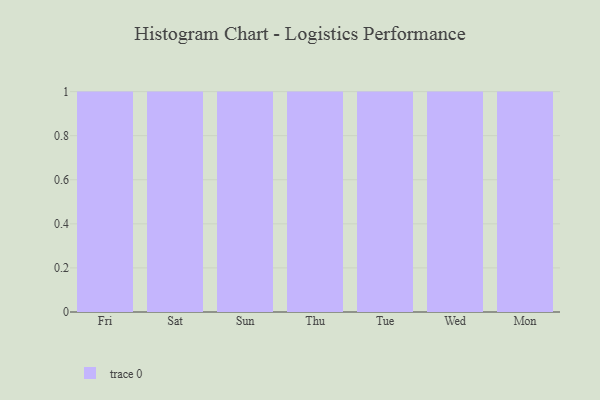
{"axis": {"x": "Day", "y": "Operating Costs (USD K)"}, "legend": [""], "data": [{"x": "Fri", "y": 64, "type": ""}, {"x": "Sat", "y": 68, "type": ""}, {"x": "Sun", "y": 49, "type": ""}, {"x": "Thu", "y": 95, "type": ""}, {"x": "Tue", "y": 87, "type": ""}, {"x": "Wed", "y": 33, "type": ""}, {"x": "Mon", "y": 45, "type": ""}]}